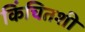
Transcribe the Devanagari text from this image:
किंचितशी